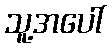
သူ့အပေါ်